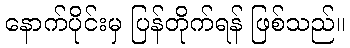
နောက်ပိုင်းမှ ပြန်တိုက်ရန် ဖြစ်သည်။